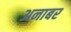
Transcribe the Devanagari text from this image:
अनाबर